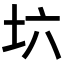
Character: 𡉽